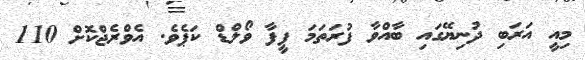
މިއީ އަރަބި ދުނިޔޭގައި ބާއްވާ ފުރަތަމަ ފީފާ ވޯލްޑް ކަޕެވެ. އެވްރެޖްކޮށް 110